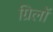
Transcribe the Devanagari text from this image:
ग्रिलों